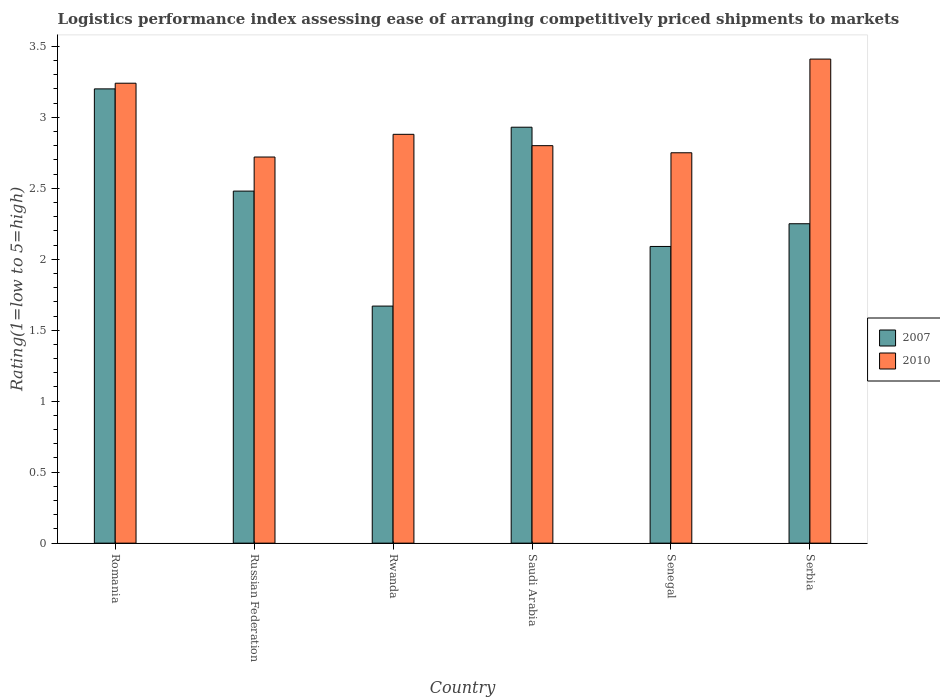
| Country | 2007 | 2010 |
 | --- | --- | --- |
 | Romania | 3.2 | 3.24 |
 | Russian Federation | 2.48 | 2.72 |
 | Rwanda | 1.67 | 2.88 |
 | Saudi Arabia | 2.93 | 2.8 |
 | Senegal | 2.09 | 2.75 |
 | Serbia | 2.25 | 3.41 |